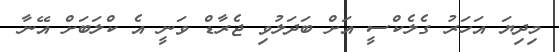
މިދިޔަ އަހަރު ގެލެކްސީ އަށް ބަދަލުވި ޖެރާޑް ވަނީ އެ ކްލަބަށް އޭނާ